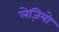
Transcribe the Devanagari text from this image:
लेज़ियो